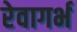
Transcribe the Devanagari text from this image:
रेवागर्भ